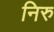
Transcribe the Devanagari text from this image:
निरु